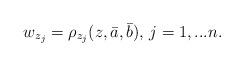
LaTeX: \begin{align*} w_{z_j}=\rho_{z_j}(z,\bar a,\bar b),\,j=1,...n. \end{align*}